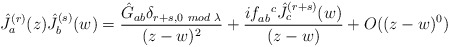
\begin{align*}\hat{J}^{(r)}_a(z)\hat{J}^{(s)}_b(w)=\frac{\hat{G}_{ab}\delta_{r+s,0\hspace{.05in}mod\hspace{.04in}\lambda}}{(z-w)^2}+\frac{if_{ab}^{ \ \ c}\hat{J}_c^{(r+s)}(w)}{(z-w)} + O((z-w)^0) \end{align*}